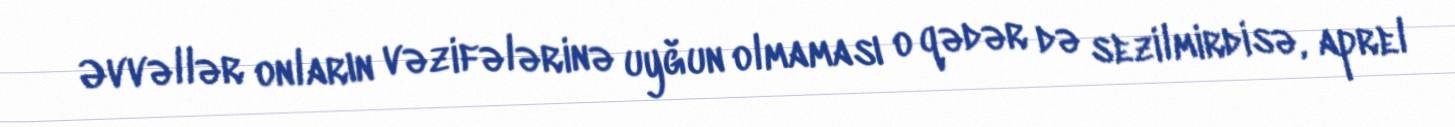
Əvvəllər onların vəzifələrinə uyğun olmaması o qədər də sezilmirdisə, aprel